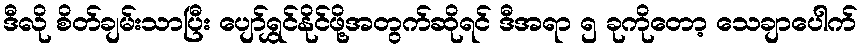
ဒီလို စိတ်ချမ်းသာပြီး ပျော်ရွှင်နိုင်ဖို့အတွက်ဆိုရင် ဒီအရာ ၅ ခုကိုတော့ သေချာပေါက်